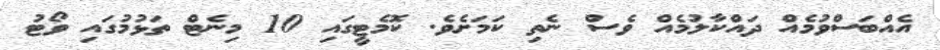
އެއްބަސްވުމެއް ދައްކާލުމެއް ވެސް ނެތި ކަމަށެވެ. ކޮމެޓީގައި 10 މިނެޓް ތަޅުމުގައި ވޯޓު